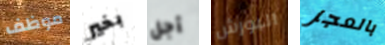
موظف بخير أجل البورش بالعجز